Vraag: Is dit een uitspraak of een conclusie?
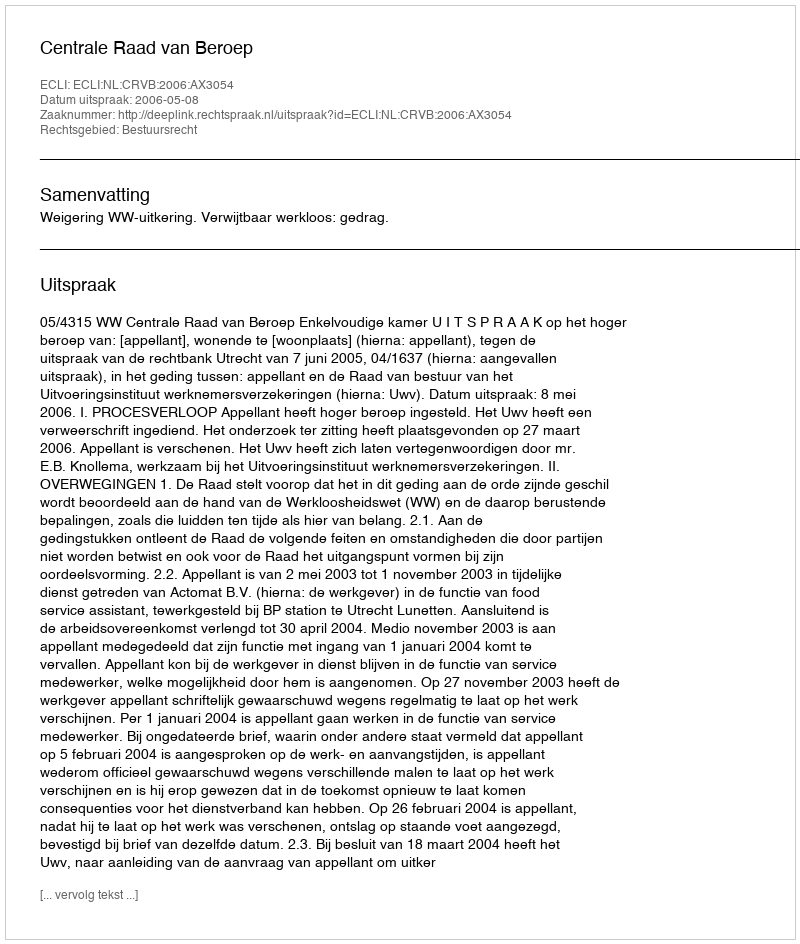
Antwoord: Uitspraak